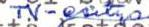
TV-esitys